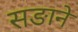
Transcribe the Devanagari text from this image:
सङाने